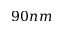
9 0 n m